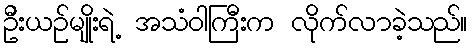
ဦးယဉ်မျိုးရဲ့ အသံဝါကြီးက လိုက်လာခဲ့သည်။